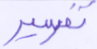
تفسير